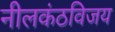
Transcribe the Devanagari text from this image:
नीलकंठविजय